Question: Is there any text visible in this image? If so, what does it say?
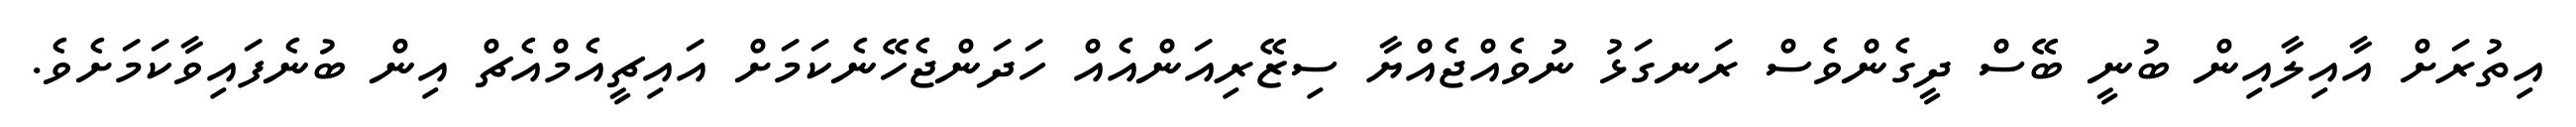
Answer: އިތުރަށް އާއިލާއިން ބުނީ ބޭސް ދީގެންވެސް ރަނގަޅު ނުވެއްޖެއްޔާ ސިޒޭރިއަންއެއް ހަދަންޖެހޭނެކަމަށް އައިޗީއެމްއެޗް އިން ބުނެފައިވާކަމަށެވެ.